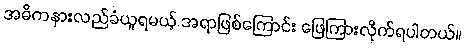
အဓိကနားလည်ခံယူရမယ့် အရာဖြစ်ကြောင်း ဖြေကြားလိုက်ရပါတယ်။